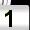
Digit: 1